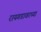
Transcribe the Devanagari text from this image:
रायगडावरच्या